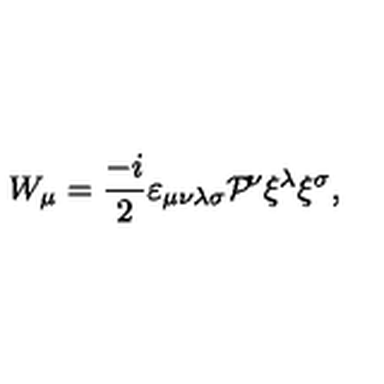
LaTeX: W _ { \mu } = \frac { - i } { 2 } \varepsilon _ { \mu \nu \lambda \sigma } { \cal P } { \! } ^ { \nu } \xi ^ { \lambda } \xi ^ { \sigma } ,